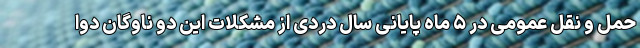
حمل و نقل عمومی در ۵ ماه پایانی سال دردی از مشکلات این دو ناوگان دوا